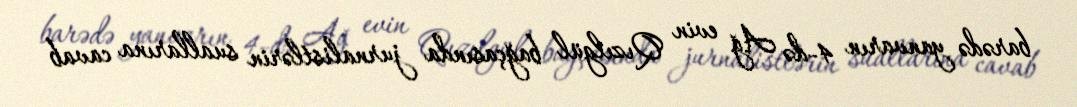
barədə yanvarın 4-də Ağ evin Qızılgül bağçasında jurnalistlərin suallarına cavab